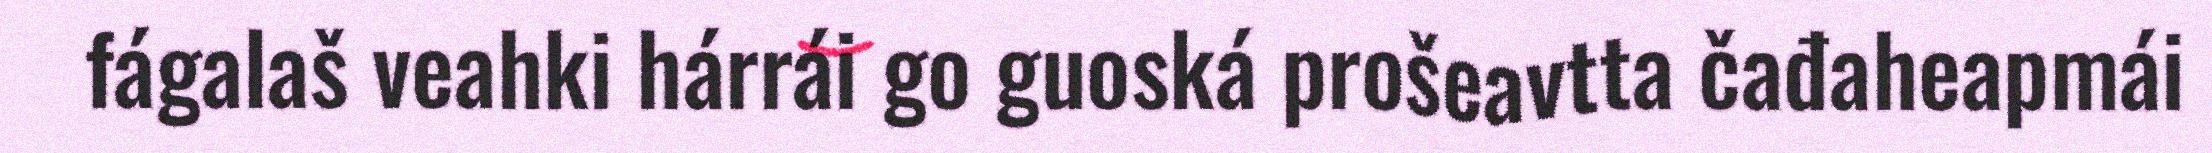
fágalaš veahki hárrái go guoská prošeavtta čađaheapmái